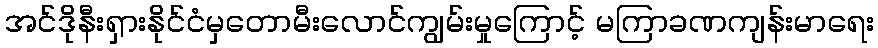
အင်ဒိုနီးရှားနိုင်ငံမှတောမီးလောင်ကျွမ်းမှုကြောင့် မကြာခဏကျန်းမာရေး